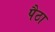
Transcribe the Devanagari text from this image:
पैठा